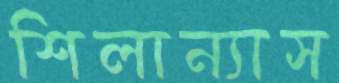
শিলান্যাস